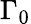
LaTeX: \Gamma_{0}